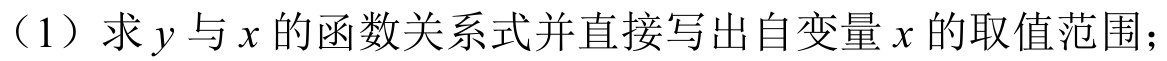
（1）求\(y\)与\(x\)的函数关系式并直接写出自变量\(x\)的取值范围；